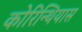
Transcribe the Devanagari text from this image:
कोरिन्थियास